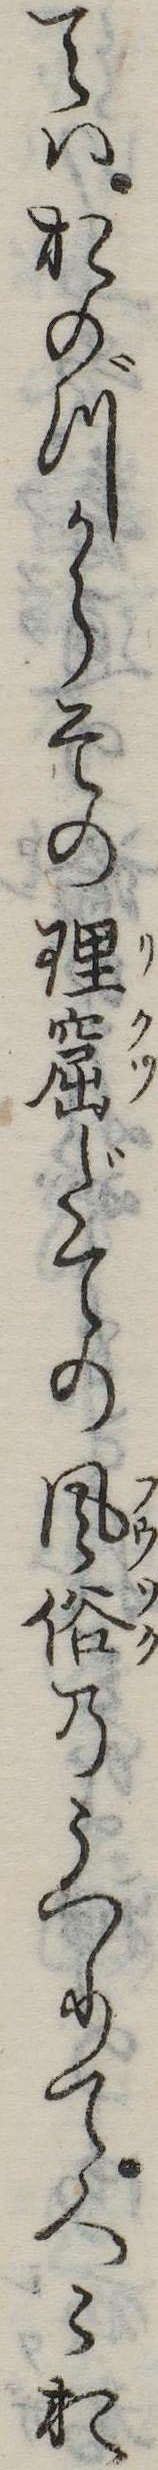
てはおのづからその理窟だての風俗のうつりて人お